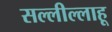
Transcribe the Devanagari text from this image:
सल्लील्लाहू